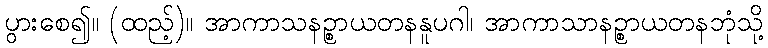
ပွားစေ၍။ (ထည့်)။ အာကာသနဉ္စာယတနနူပဂါ၊ အာကာသာနဉ္စာယတနဘုံသို့